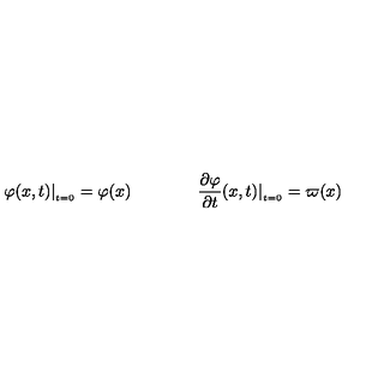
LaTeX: \varphi ( x , t ) | _ { _ { t = 0 } } = \varphi ( x ) \qquad \qquad \frac { \partial \varphi } { \partial t } ( x , t ) | _ { _ { t = 0 } } = \varpi ( x )